Scottish Leaving Certificate Examination, 1960
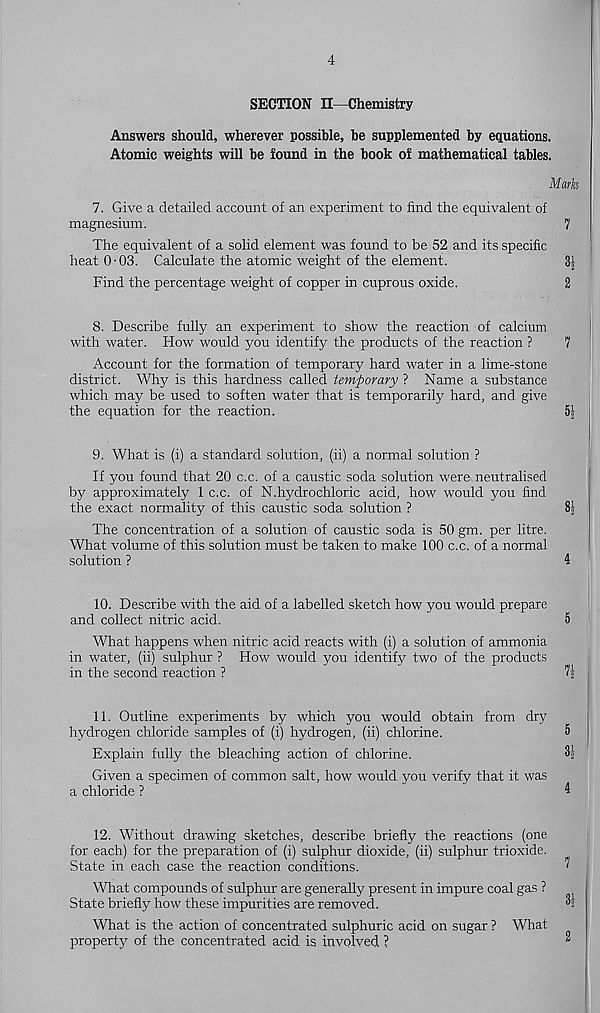
4
SECTION II—Chemistry
Answers should, wherever possible, be supplemented by equations.
Atomic weights will be found in the book of mathematical tables.
Mark
7. Give a detailed account of an experiment to find the equivalent of
magnesium.
7
The equivalent of a solid element was found to be 52 and its specific
heat 0-03. Calculate the atomic weight of the element.
3|
Find the percentage weight of copper in cuprous oxide.
2
8. Describe fully an experiment to show the reaction of calcium
with water. How would you identify the products of the reaction ?
7
Account for the formation of temporary hard water in a lime-stone
district. Why is this hardness called temporary ? Name a substance
which may be used to soften water that is temporarily hard, and give
the equation for the reaction.
5|
9. What is (i) a standard solution, (ii) a normal solution ?
If you found that 20 c.c. of a caustic soda solution were, neutralised
by approximately 1 c.c. of N. hydro chloric acid, how would you find
the exact normality of this caustic soda solution ?
8|
The concentration of a solution of caustic soda is 50 gm. per litre.
What volume of this solution must be taken to make 100 c.c. of a normal
solution ?
4
10. Describe with the aid of a labelled sketch how you would prepare
and collect nitric acid.
5
What happens when nitric acid reacts with (i) a solution of ammonia
in water, (ii) sulphur ? How would you identify two of the products
in the second reaction ?
I'l
11. Outline experiments by which you would obtain from dry
hydrogen chloride samples of (i) hydrogen, (ii) chlorine.
5
Explain fully the bleaching action of chlorine.
31
Given a specimen of common salt, how would you verify that it was
a chloride ?
4
12. Without drawing sketches, describe briefly the reactions (one
for each) for the preparation of (i) sulphur dioxide, (ii) sulphur trioxide.
State in each case the reaction conditions.
?
What compounds of sulphur are generally present in impure coal gas ?
State briefly how these impurities are removed.
3;
What is the action of concentrated sulphuric acid on sugar ? What
property of the concentrated acid is involved ?
^